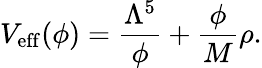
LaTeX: V_{\mathrm{eff}}(\phi)=\frac{\Lambda^{5}}{\phi}+\frac{\phi}{M}\rho.